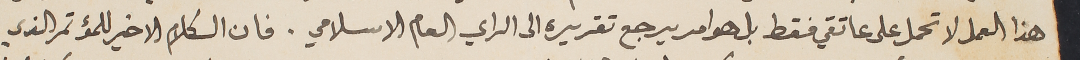
هذا العمل لا تحمل على عاتقي فقط بل هو امر يرجع تقريره الى الراي العام الاسلامي. فان الكلام الاخير للمؤتمر الذي